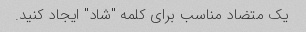
یک متضاد مناسب برای کلمه "شاد" ایجاد کنید.